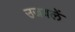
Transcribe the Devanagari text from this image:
उजवलें